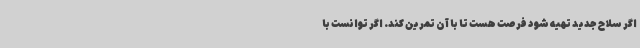
اگر سلاح جدید تهیه شود فرصت هست تا با آن تمرین کند. اگر توانست با